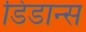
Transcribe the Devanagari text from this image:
डिडान्स